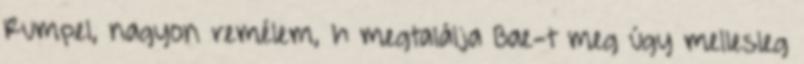
Rumpel, nagyon remélem, h megtalálja Bae-t meg úgy mellesleg